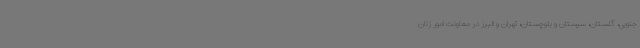
جنوبی، گلستان، سیستان و بلوچستان، تهران و البرز در معاونت امور زنان